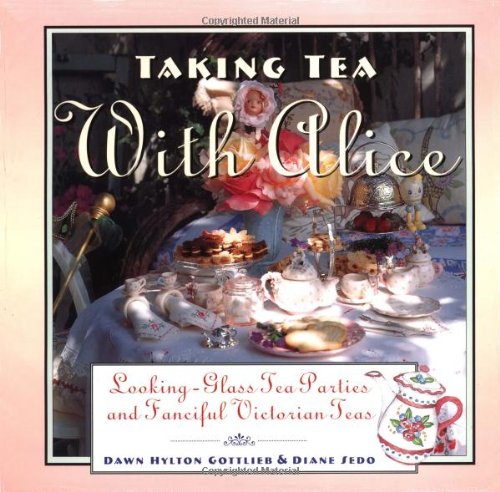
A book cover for Taking Tea with Alice: Looking-Glass Tea Parties and Fanciful Victorian Teas; Dawn Hylton Gottlieb; Cookbooks, Food & Wine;